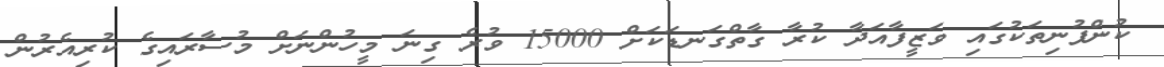
ކުންފުނިތަކުގައި ވަޒީފާއަދާ ކުރާ ގާތްގަނޑަކަށް 15000 ވުރެ ގިނަ މީހުންނަށް މުސާރައިގެ ކުރިއެރުން